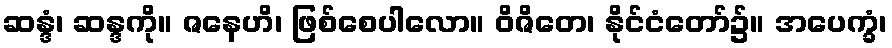
ဆန္ဒံ၊ ဆန္ဒကို။ ဇနေဟိ၊ ဖြစ်စေပါလော။ ဝိဇိတေ၊ နိုင်ငံတော်၌။ အပေက္ခံ၊